Indian Medical Review
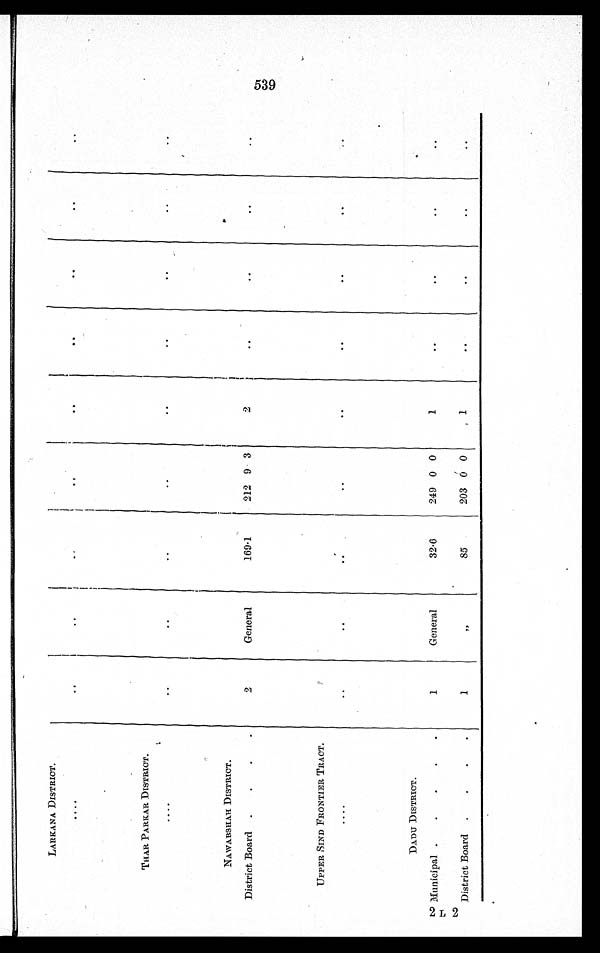
LARKANA DISTRICT .
..
. .
..
. .
. .
. .
. .
. .
. .
. . . .
THAR PARKAR DISTRICT.
. .
. .
. .
. .
. .
. .
. .
. .
. .
. . . .
NAWABSHAH DISTRICT.
2
General
169.1
212 9 3
2
..
..
..
. .
District Board.
. . .
UPPER SIND FRONTIER TRACT.
. .
. .
. .
. .
. .
. .
. .
. .
. .
. . . .
DADU DISTRICT.
1
General
32.6
249 0 0
1
. .
..
..
..
Municipal .. . .
District Board.
.
.
.
1
„
85
203 0 0
. .
..
. .
. .
. .
539